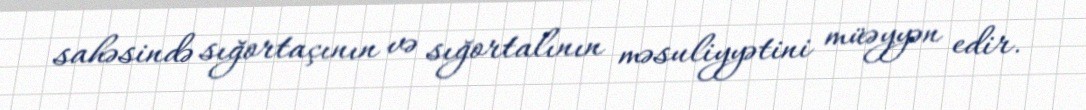
sahəsində sığortaçının və sığortalının məsuliyyətini müəyyən edir.